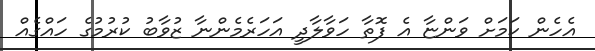
އެހެން ކަމަށް ވަންޏާ އެ ފޮތާ ހަވާލާދީ އަހަރެމެންނާ ޒުވާބު ކުރުމުގެ ހައްގެއް